Document type: Grant
Year: 1445
Scribe: Antoni Gomar
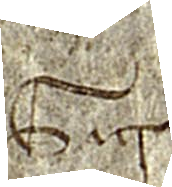
Sig